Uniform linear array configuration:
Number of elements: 12
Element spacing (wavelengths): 0.25
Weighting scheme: binomial
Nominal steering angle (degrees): -60
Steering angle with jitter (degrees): -59.909
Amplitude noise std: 0.05
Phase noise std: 0.05

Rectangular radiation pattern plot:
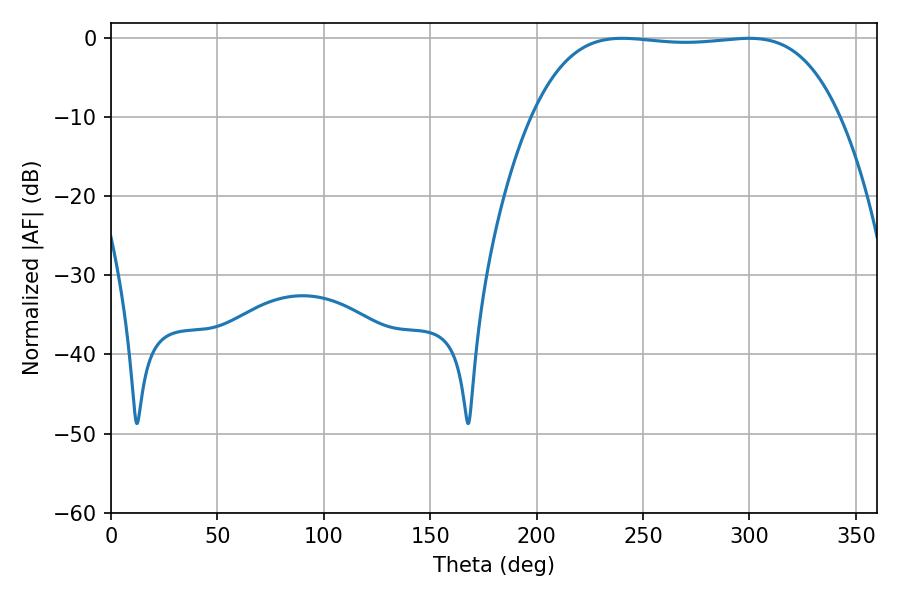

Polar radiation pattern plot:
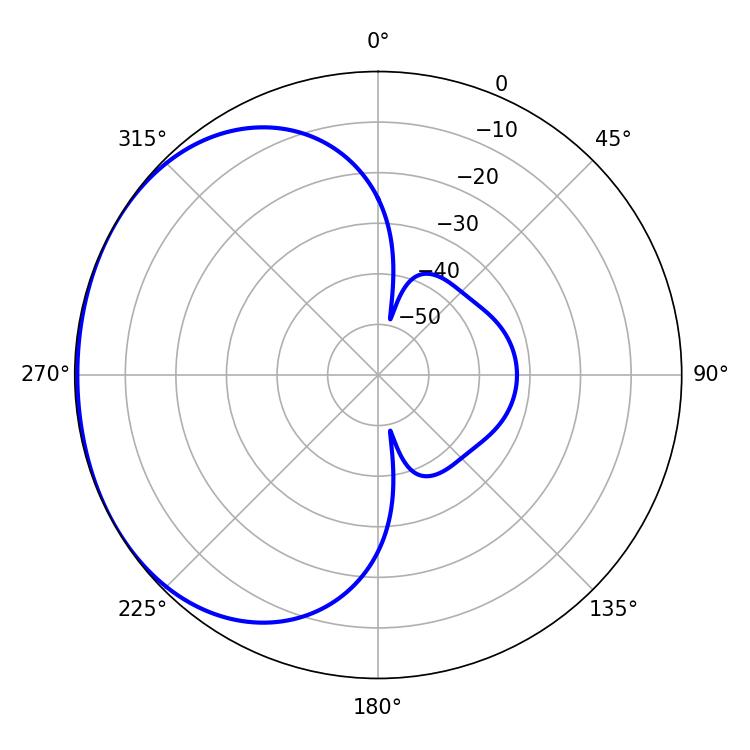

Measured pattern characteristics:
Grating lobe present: FALSE
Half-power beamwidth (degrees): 113.04
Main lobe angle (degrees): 240.3